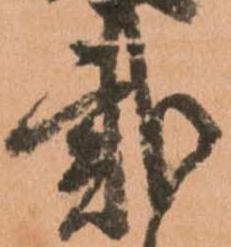
貮